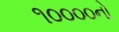
૧૦૦૦૦નો